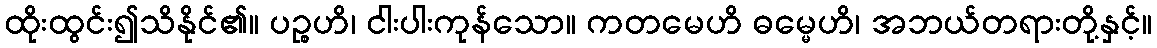
ထိုးထွင်း၍သိနိုင်၏။ ပဉ္စဟိ၊ ငါးပါးကုန်သော။ ကတမေဟိ ဓမ္မေဟိ၊ အဘယ်တရားတို့နှင့်။